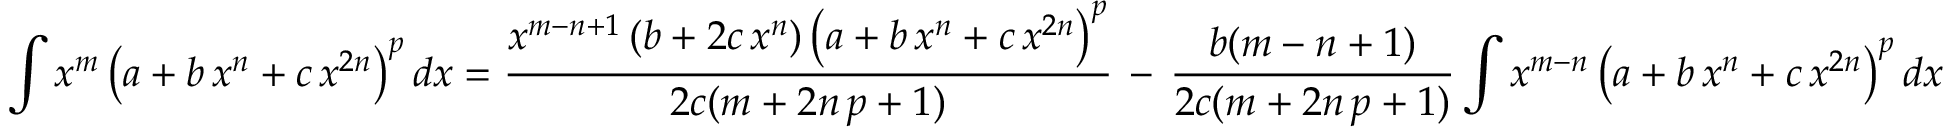
\int x ^ { m } \left( a + b \, x ^ { n } + c \, x ^ { 2 n } \right) ^ { p } d x = { \frac { x ^ { m - n + 1 } \left( b + 2 c \, x ^ { n } \right) \left( a + b \, x ^ { n } + c \, x ^ { 2 n } \right) ^ { p } } { 2 c ( m + 2 n \, p + 1 ) } } \, - \, { \frac { b ( m - n + 1 ) } { 2 c ( m + 2 n \, p + 1 ) } } \int x ^ { m - n } \left( a + b \, x ^ { n } + c \, x ^ { 2 n } \right) ^ { p } d x